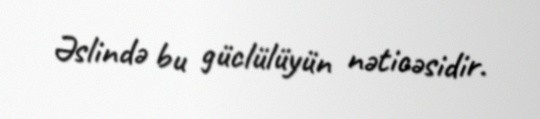
Əslində bu güclülüyün nəticəsidir.